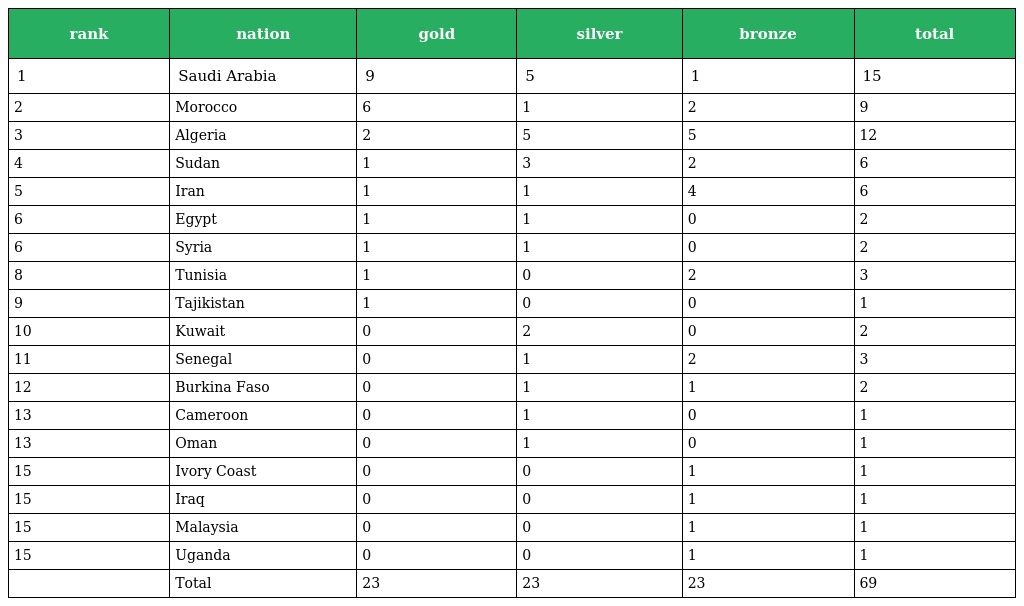
| rank | nation | gold | silver | bronze | total |
 | --- | --- | --- | --- | --- | --- |
 | 1 | Saudi Arabia | 9 | 5 | 1 | 15 |
 | 2 | Morocco | 6 | 1 | 2 | 9 |
 | 3 | Algeria | 2 | 5 | 5 | 12 |
 | 4 | Sudan | 1 | 3 | 2 | 6 |
 | 5 | Iran | 1 | 1 | 4 | 6 |
 | 6 | Egypt | 1 | 1 | 0 | 2 |
 | 6 | Syria | 1 | 1 | 0 | 2 |
 | 8 | Tunisia | 1 | 0 | 2 | 3 |
 | 9 | Tajikistan | 1 | 0 | 0 | 1 |
 | 10 | Kuwait | 0 | 2 | 0 | 2 |
 | 11 | Senegal | 0 | 1 | 2 | 3 |
 | 12 | Burkina Faso | 0 | 1 | 1 | 2 |
 | 13 | Cameroon | 0 | 1 | 0 | 1 |
 | 13 | Oman | 0 | 1 | 0 | 1 |
 | 15 | Ivory Coast | 0 | 0 | 1 | 1 |
 | 15 | Iraq | 0 | 0 | 1 | 1 |
 | 15 | Malaysia | 0 | 0 | 1 | 1 |
 | 15 | Uganda | 0 | 0 | 1 | 1 |
 |  | Total | 23 | 23 | 23 | 69 |